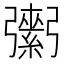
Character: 𢐾